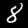
Label: 8